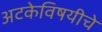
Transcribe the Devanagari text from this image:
अटकेविषयीचे